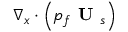
\nabla _ { x } \cdot \left( p _ { f } \textbf { U } _ { s } \right)